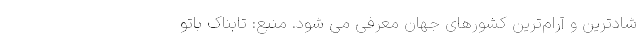
شادترین و آرام‌ترین کشورهای جهان معرفی می شود. منبع: تابناک باتو